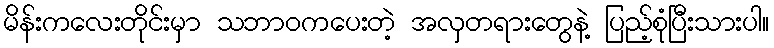
မိန်းကလေးတိုင်းမှာ သဘာဝကပေးတဲ့ အလှတရားတွေနဲ့ ပြည့်စုံပြီးသားပါ။